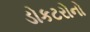
ડોકટરોનો